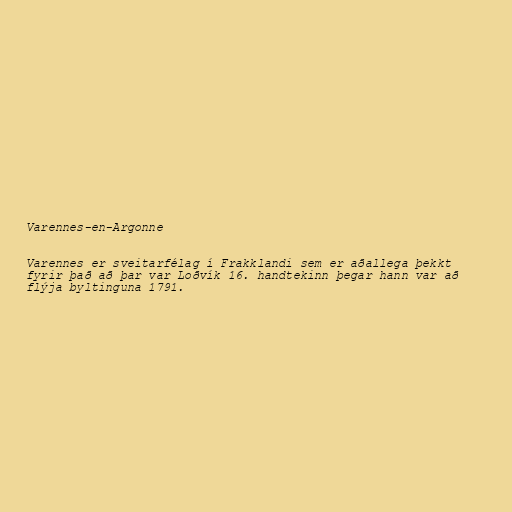
Varennes-en-Argonne

Varennes er sveitarfélag í Frakklandi sem er aðallega þekkt
fyrir það að þar var Loðvík 16. handtekinn þegar hann var að
flýja byltinguna 1791.